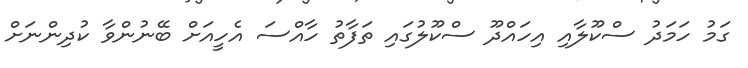
ގަމު ހަމަދު ސްކޫލާއި އިހައްދޫ ސްކޫލުގައި ތަފާތު ހާއްސަ އެހީއަށް ބޭނުންވާ ކުދިންނަށް